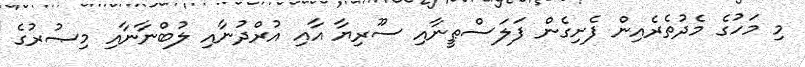
މި މަހުގެ މެދުތެރެއިން ފެށިގެން ފަލަސްޠީނާއި ސޫރިޔާ އާއި އުރްދުނާއި ލުބްނާނާއި މިޞުރުގެ